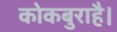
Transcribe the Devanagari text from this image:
कोकबुराहै।